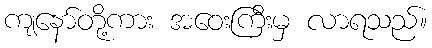
ကျနော်တို့ကား အဝေးကြီးမှ လာရသည်။